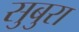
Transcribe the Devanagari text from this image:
सुबुरा